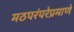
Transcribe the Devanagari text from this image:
मठपरंपरेप्रमाणे